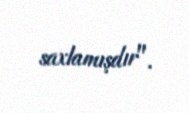
saxlamışdır".